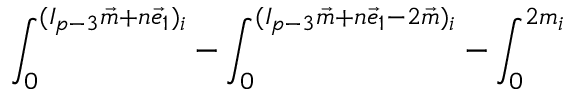
{ \int _ { 0 } ^ { ( I _ { p - 3 } \vec { m } + n \vec { e } _ { 1 } ) _ { i } } - \int _ { 0 } ^ { ( I _ { p - 3 } \vec { m } + n \vec { e } _ { 1 } - 2 \vec { m } ) _ { i } } - \int _ { 0 } ^ { 2 m _ { i } } }